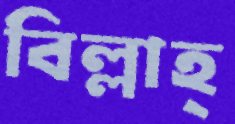
বিল্লাহ্